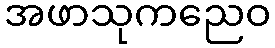
အဖာသုကညေဝ